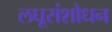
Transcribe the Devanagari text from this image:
लघूसंशोधन